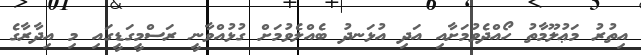
އިތުރު މަޢުލޫމާތު ހޯއްދެވުމަށާއި އަދި އުޅަނދު ބެއްލެވުމަށް ގުޅުއްވާނީ ރަސްމީގަޑީގައި މި އިދާރާގެ